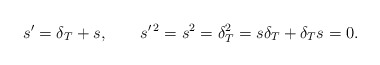
\begin{align*}s^\prime=\delta_T+s,\quad\quad s^{\prime \, 2}=s^2=\delta_T^2=s\delta_T+\delta_T s=0.\end{align*}